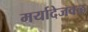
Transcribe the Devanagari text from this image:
मर्यादेजवळ